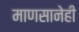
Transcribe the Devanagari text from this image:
माणसानेही